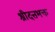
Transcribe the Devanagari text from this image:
श्रीदत्तभक्त